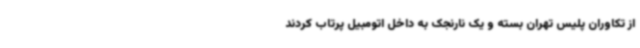
از تکاوران پلیس تهران بسته و یک نارنجک به داخل اتومبیل پرتاب کردند